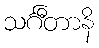
သင်္ဂီတာနိ